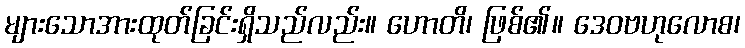
များသောအားထုတ်ခြင်းရှိသည်လည်း။ ဟောတိ၊ ဖြစ်၏။ ဒေဝဗဟုလောစ၊